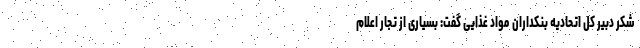
شکر دبیر کل اتحادیه بنکداران مواد غذایی گفت: بسیاری از تجار اعلام